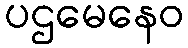
ပဌမေနေဝ